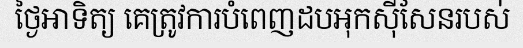
ថ្ងៃអាទិត្យ គេត្រូវការបំពេញដបអុកស៊ីសែនរបស់